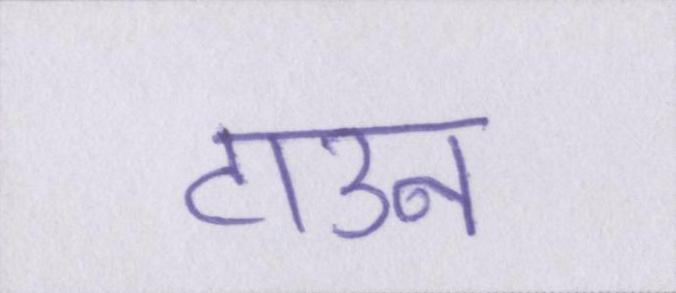
टाउन